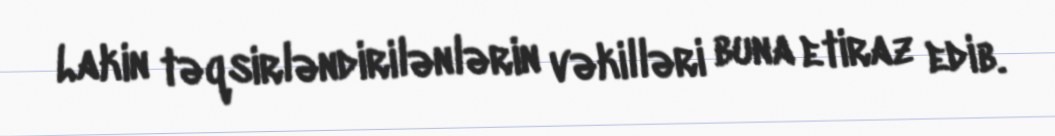
Lakin təqsirləndirilənlərin vəkilləri buna etiraz edib.